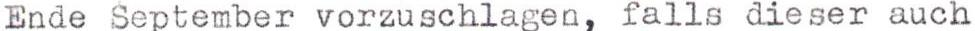
Ende September vorzuschlagen, falls dieser auch